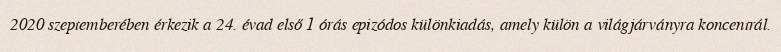
2020 szeptemberében érkezik a 24. évad első 1 órás epizódos különkiadás, amely külön a világjárványra koncentrál.